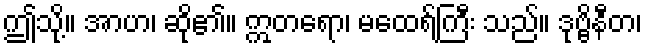
ဤသို့။ အာဟ၊ ဆို၏။ ဣတရော၊ မထေရ်ကြီး သည်။ ဒုဗ္ဗိနီတ၊